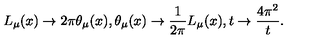
L _ { \mu } ( x ) \to 2 \pi \theta _ { \mu } ( x ) , \theta _ { \mu } ( x ) \to \frac { 1 } { 2 \pi } L _ { \mu } ( x ) , t \to \frac { 4 \pi ^ { 2 } } { t } .